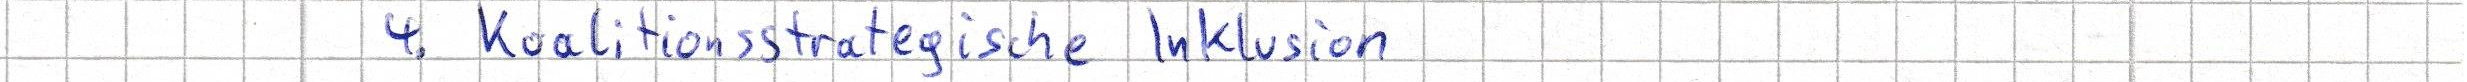
4. Koalitionsstrategische Inklusion